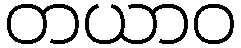
တယာဝ